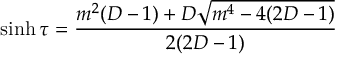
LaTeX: \sinh \tau = \frac { m ^ { 2 } ( D - 1 ) + D \sqrt { m ^ { 4 } - 4 ( 2 D - 1 ) } } { 2 ( 2 D - 1 ) }